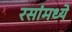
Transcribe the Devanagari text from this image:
रसांमध्ये